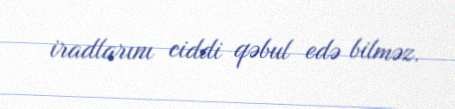
iradlarını ciddi qəbul edə bilməz.